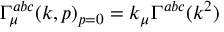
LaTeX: \Gamma _ { \mu } ^ { a b c } ( k , p ) _ { p = 0 } = k _ { \mu } \Gamma ^ { a b c } ( k ^ { 2 } )